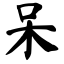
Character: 呆